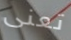
تعنى